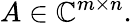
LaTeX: A\in\mathbb{C}^{m\times n}.